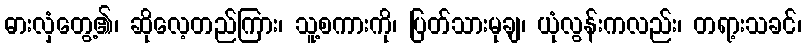
ဓားလှံတွေ့၏၊ ဆိုလေ့တည်ကြား၊ သူ့စကားကို၊ ပြတ်သားမုချ၊ ယုံလွန်းကလည်း၊ တရာ့းသခင်၊